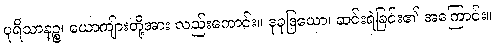
ပုရိသာနဉ္စ၊ ယောကျ်ားတို့အား လည်းကောင်း။ ဒုခုဒြယော၊ ဆင်းရဲခြင်း၏ အကြောင်း။